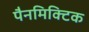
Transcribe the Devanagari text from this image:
पैनमिक्टिक